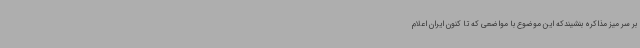
بر سر میز مذاکره بنشیندکه این موضوع با مواضعی که تا کنون ایران اعلام